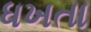
ધખતા